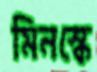
মিনস্কে